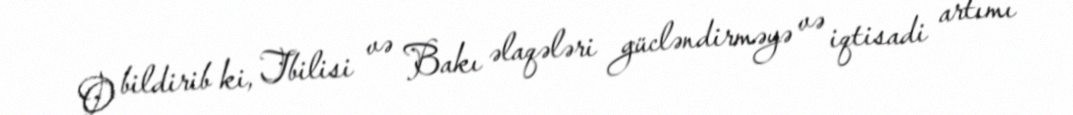
O bildirib ki, Tbilisi və Bakı əlaqələri gücləndirməyə və iqtisadi artımı